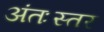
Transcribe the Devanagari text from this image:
अंतःस्तर